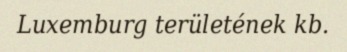
Luxemburg területének kb.